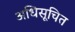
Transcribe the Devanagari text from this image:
अधिसूचित